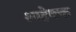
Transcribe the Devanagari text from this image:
शाहेवक्त